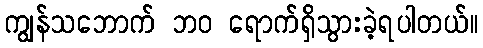
ကျွန်သဘောက် ဘ၀ ရောက်ရှိသွားခဲ့ရပါတယ်။